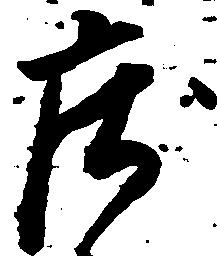
庄